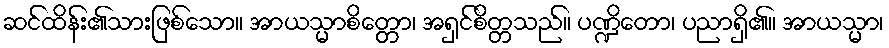
ဆင်ထိန်း၏သားဖြစ်သော။ အာယသ္မာစိတ္တော၊ အရှင်စိတ္တသည်။ ပဏ္ဍိတော၊ ပညာရှိ၏။ အာယသ္မာ၊